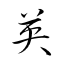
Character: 英